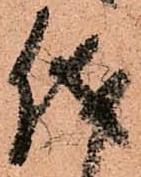
儀